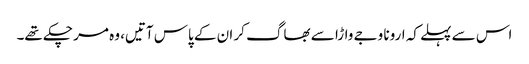
اس سے پہلے کہ ارونا وجے واڑا سے بھاگ کر ان کے پاس آتیں، وہ مر چکے تھے۔